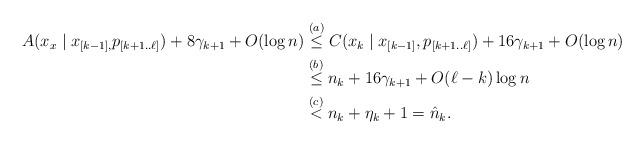
LaTeX: \begin{align*}A(x_x \mid x_{[k-1], } p_{[k+1..\ell]}) + 8 \gamma_{k+1} + O(\log n) & \stackrel{(a)}{\leq} C(x_k \mid x_{[k-1]}, p_{[k+1..\ell]}) + 16 \gamma_{k+1}+ O(\log n) \\& \stackrel{(b)}\leq n_k + 16 \gamma_{k+1} + O(\ell-k) \log n \\& \stackrel{(c)} < n_k + \eta_k + 1 = \hat{n}_k.\end{align*}